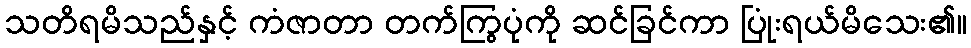
သတိရမိသည်နှင့် ကံဇာတာ တက်ကြွပုံကို ဆင်ခြင်ကာ ပြုံးရယ်မိသေး၏။